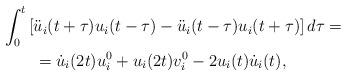
LaTeX: \begin{align*}\begin{aligned} & \int_{0}^{t}\left[\ddot{u}_{i}(t+\tau)u_{i}(t-\tau)-\ddot{u}_{i}(t-\tau)u_{i}(t+\tau)\right]d\tau=\\ & \qquad=\dot{u}_{i}(2t)u_{i}^{0}+u_{i}(2t)v_{i}^{0}-2u_{i}(t)\dot{u}_{i}(t),\end{aligned}\end{align*}